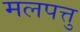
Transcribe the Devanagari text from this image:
मलपत्तु